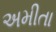
અમીતા